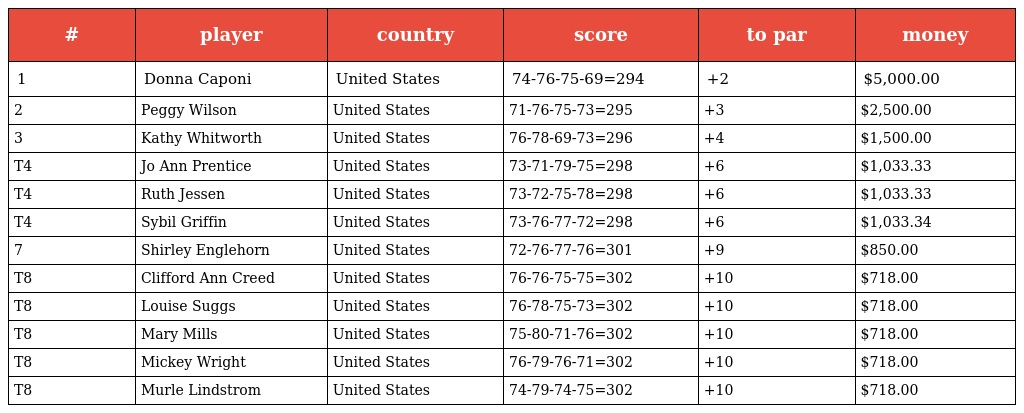
| # | player | country | score | to par | money |
 | --- | --- | --- | --- | --- | --- |
 | 1 | Donna Caponi | United States | 74-76-75-69=294 | +2 | $5,000.00 |
 | 2 | Peggy Wilson | United States | 71-76-75-73=295 | +3 | $2,500.00 |
 | 3 | Kathy Whitworth | United States | 76-78-69-73=296 | +4 | $1,500.00 |
 | T4 | Jo Ann Prentice | United States | 73-71-79-75=298 | +6 | $1,033.33 |
 | T4 | Ruth Jessen | United States | 73-72-75-78=298 | +6 | $1,033.33 |
 | T4 | Sybil Griffin | United States | 73-76-77-72=298 | +6 | $1,033.34 |
 | 7 | Shirley Englehorn | United States | 72-76-77-76=301 | +9 | $850.00 |
 | T8 | Clifford Ann Creed | United States | 76-76-75-75=302 | +10 | $718.00 |
 | T8 | Louise Suggs | United States | 76-78-75-73=302 | +10 | $718.00 |
 | T8 | Mary Mills | United States | 75-80-71-76=302 | +10 | $718.00 |
 | T8 | Mickey Wright | United States | 76-79-76-71=302 | +10 | $718.00 |
 | T8 | Murle Lindstrom | United States | 74-79-74-75=302 | +10 | $718.00 |